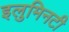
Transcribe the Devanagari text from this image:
इलुमिनटी